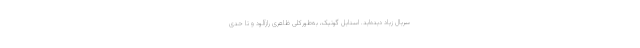
سریال زیاد دیده‌اید. استایل گوتیک، به‌طورکلی ظاهری رازآلود و تا حدی